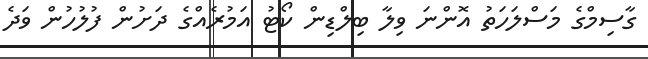
ގާސިމްގެ މަސްލަހަތު އޮންނަ ވިލާ ބިލްޑިން ކޯޓު އަމުރެއްގެ ދަށުން ފުލުހުން ވަދެ